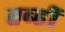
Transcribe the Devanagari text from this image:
तब्हीं